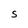
Character: S